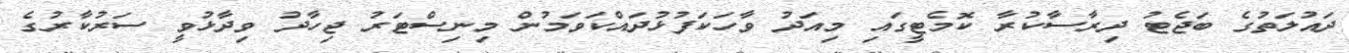
ދައުލަތުގެ ބަޖެޓު ދިރާސާކުރާ ކޮމެޓީގައި މިއަދު ވާހަކަފުޅުދައްކަވަމުން މިނިސްޓަރު ޖިހާދު ވިދާޅުވީ ސަރުކާރުގެ